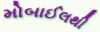
મોબાઈલથી